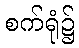
စက်ရုံ၌